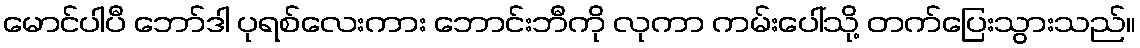
မောင်ပါပီ ဘော်ဒါ ပုရစ်လေးကား ဘောင်းဘီကို လုကာ ကမ်းပေါ်သို့ တက်ပြေးသွားသည်။